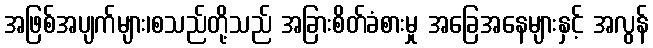
အဖြစ်အပျက်များ၊စသည်တို့သည် အခြားစိတ်ခံစားမှု အခြေအနေများနှင့် အလွန်